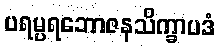
ပရမ္ပရဘောဇနသိက္ခာပဒံ